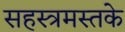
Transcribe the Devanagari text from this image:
सहस्त्रमस्तके